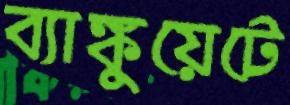
ব্যাঙ্কুয়েটে